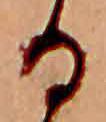
る